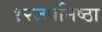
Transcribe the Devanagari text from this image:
१२जपनिष्ठा